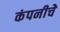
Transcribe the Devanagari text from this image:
कंपनीचेे